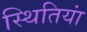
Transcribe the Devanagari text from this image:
स्‍थितियां